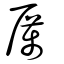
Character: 厲